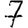
Digit: 7